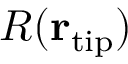
R ( { \bf r } _ { \mathrm { t i p } } )